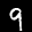
Label: 9